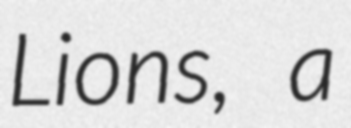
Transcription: Lions, a